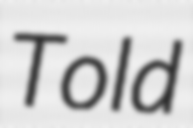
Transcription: Told